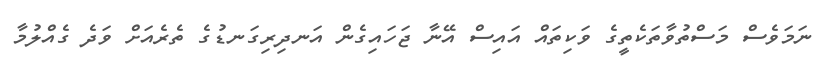
ނަމަވެސް މަސްތުވާތަކެތީގެ ވަކިތައް އައިސް އޭނާ ޖަހައިގެން އަނދިރިގަނޑުގެ ތެރެއަށް ވަދެ ގެއްލުމާ